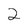
Character: 2